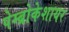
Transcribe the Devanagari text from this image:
पेम्ब्रोकेशायर